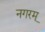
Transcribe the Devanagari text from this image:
नगरम्